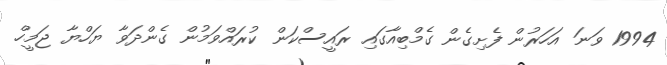
1994 ވަނަ އަހަރުން ފެށިގެން ގެމްބިއާގައި ރައީސްކަން ކުރައްވަމުން ގެންދަވާ ޔަހްޔާ ޖަމީހް